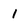
Character: 1